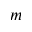
m